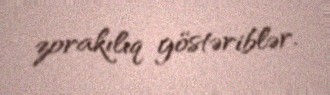
zorakılıq göstəriblər.